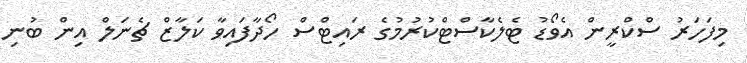
މިފަހަރު ސްކްރީން އެވޯޑު ޓެލެކާސްޓްކުރުމުގެ ރައިޓްސް ހޯދާފައިވާ ކަލާޒް ޗެނަލް އިން ބުނި